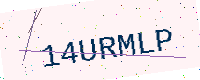
Text: 14URMLP